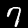
Digit: 7